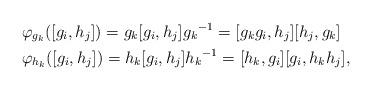
LaTeX: \begin{align*}&\varphi_{g_k}([g_i,h_j])={g_k}[g_i,h_j]{g_k}^{-1}=[g_k g_i,h_j][h_j,g_k] \\ &\varphi_{h_k}([g_i,h_j])={h_k}[g_i,h_j]{h_k}^{-1}=[h_k,g_i][g_i,h_k h_j],\end{align*}